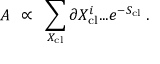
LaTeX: A ~ \propto ~ \sum _ { X _ { \mathrm { c l } } } \partial X _ { \mathrm { c l } } ^ { i } . . . e ^ { - S _ { \mathrm { c l } } } \; .